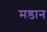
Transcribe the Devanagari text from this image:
मडान